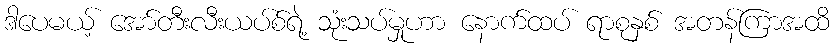
ဒါပေမယ့် အော်တီးလီးယပ်စ်ရဲ့ သုံးသပ်မှုဟာ နောက်ထပ် ရာစုနှစ် အတန်ကြာအထိ